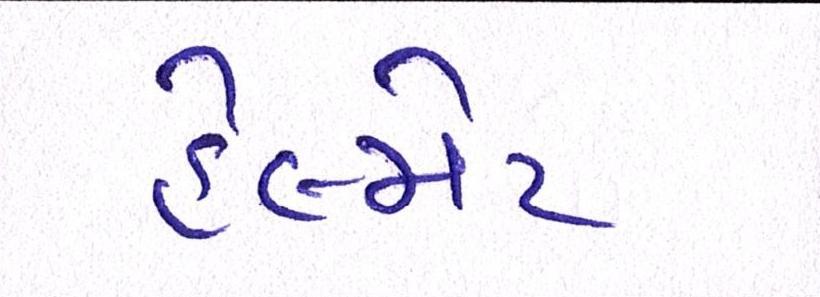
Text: હેલ્મેટ